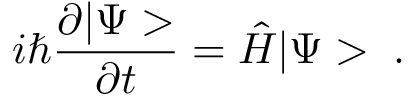
i \hbar \frac { \partial | \Psi > } { \partial t } = \hat { H } | \Psi > \; .